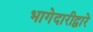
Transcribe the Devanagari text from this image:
भागेदारीद्वारे